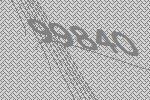
99840